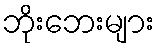
ဘိုးဘေးများ